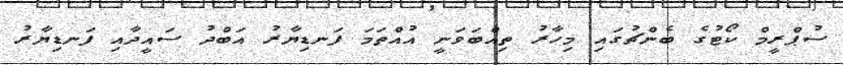
ސުޕްރީމް ކޯޓުގެ ބެންޗުގައި މިހާރު ތިއްބަވަނީ އުއްތަމަ ފަނޑިޔާރު އަބްދު ސައީދާއި ފަނޑިޔާރު